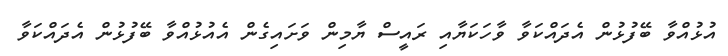
އުޅުއްވާ ބޭފުޅުން އެދައްކަވާ ވާހަކަޔާއި ރައީސް ޔާމިން ވަށައިގެން އެއުޅުއްވާ ބޭފުޅުން އެދައްކަވާ